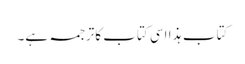
کتاب ہذا اسی کتاب کاترجمہ ہے۔